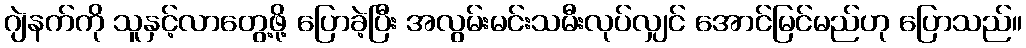
ဂျဲနက်ကို သူနှင့်လာတွေ့ဖို့ ပြောခဲ့ပြီး အလွမ်းမင်းသမီးလုပ်လျှင် အောင်မြင်မည်ဟု ပြောသည်။